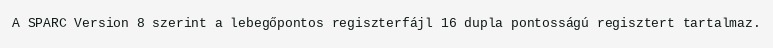
A SPARC Version 8 szerint a lebegőpontos regiszterfájl 16 dupla pontosságú regisztert tartalmaz.